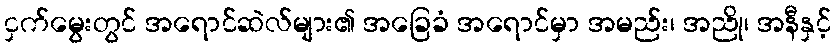
ငှက်မွေးတွင် အရောင်ဆဲလ်များ၏ အခြေခံ အရောင်မှာ အမည်း၊ အညို၊ အနီနှင့်